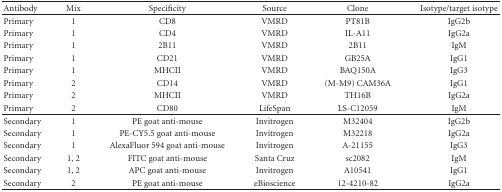
<table><thead><tr><td><b>Antibody</b></td><td><b>Mix</b></td><td><b>Specificity</b></td><td><b>Source</b></td><td><b>Clone</b></td><td><b>Isotype/target isotype</b></td></tr></thead><tbody><tr><td>Primary</td><td>1</td><td>CD8</td><td>VMRD</td><td> PT81B</td><td>IgG2b</td></tr><tr><td>Primary</td><td>1</td><td>CD4</td><td>VMRD</td><td>IL-A11</td><td>IgG2a</td></tr><tr><td>Primary</td><td>1</td><td>2B11</td><td>VMRD</td><td>2B11</td><td>IgM</td></tr><tr><td>Primary</td><td>1</td><td>CD21</td><td>VMRD</td><td>GB25A</td><td>IgG1</td></tr><tr><td>Primary</td><td>1</td><td>MHCII</td><td>VMRD</td><td>BAQ150A</td><td>IgG3</td></tr><tr><td>Primary</td><td>2</td><td>CD14</td><td>VMRD</td><td>(M-M9) CAM36A</td><td>IgG1</td></tr><tr><td>Primary</td><td>2</td><td>MHCII</td><td>VMRD</td><td>TH16B</td><td>IgG2a</td></tr><tr><td>Primary</td><td>2</td><td>CD80</td><td>LifeSpan</td><td>LS-C12059</td><td>IgM</td></tr><tr><td>Secondary</td><td>1</td><td>PE goat anti-mouse</td><td>Invitrogen</td><td>M32404</td><td>IgG2b</td></tr><tr><td>Secondary</td><td>1</td><td>PE-CY5.5 goat anti-mouse</td><td>Invitrogen</td><td>M32218</td><td>IgG2a</td></tr><tr><td>Secondary</td><td>1</td><td>AlexaFluor 594 goat anti-mouse</td><td>Invitrogen</td><td>A-21155</td><td>IgG3</td></tr><tr><td>Secondary</td><td>1, 2</td><td>FITC goat anti-mouse</td><td>Santa Cruz</td><td>sc2082</td><td>IgM</td></tr><tr><td>Secondary</td><td>1, 2</td><td>APC goat anti-mouse</td><td>Invitrogen</td><td>A10541</td><td>IgG1</td></tr><tr><td>Secondary</td><td>2</td><td>PE goat anti-mouse</td><td>eBioscience</td><td>12-4210-82</td><td>IgG2a</td></tr></tbody></table>